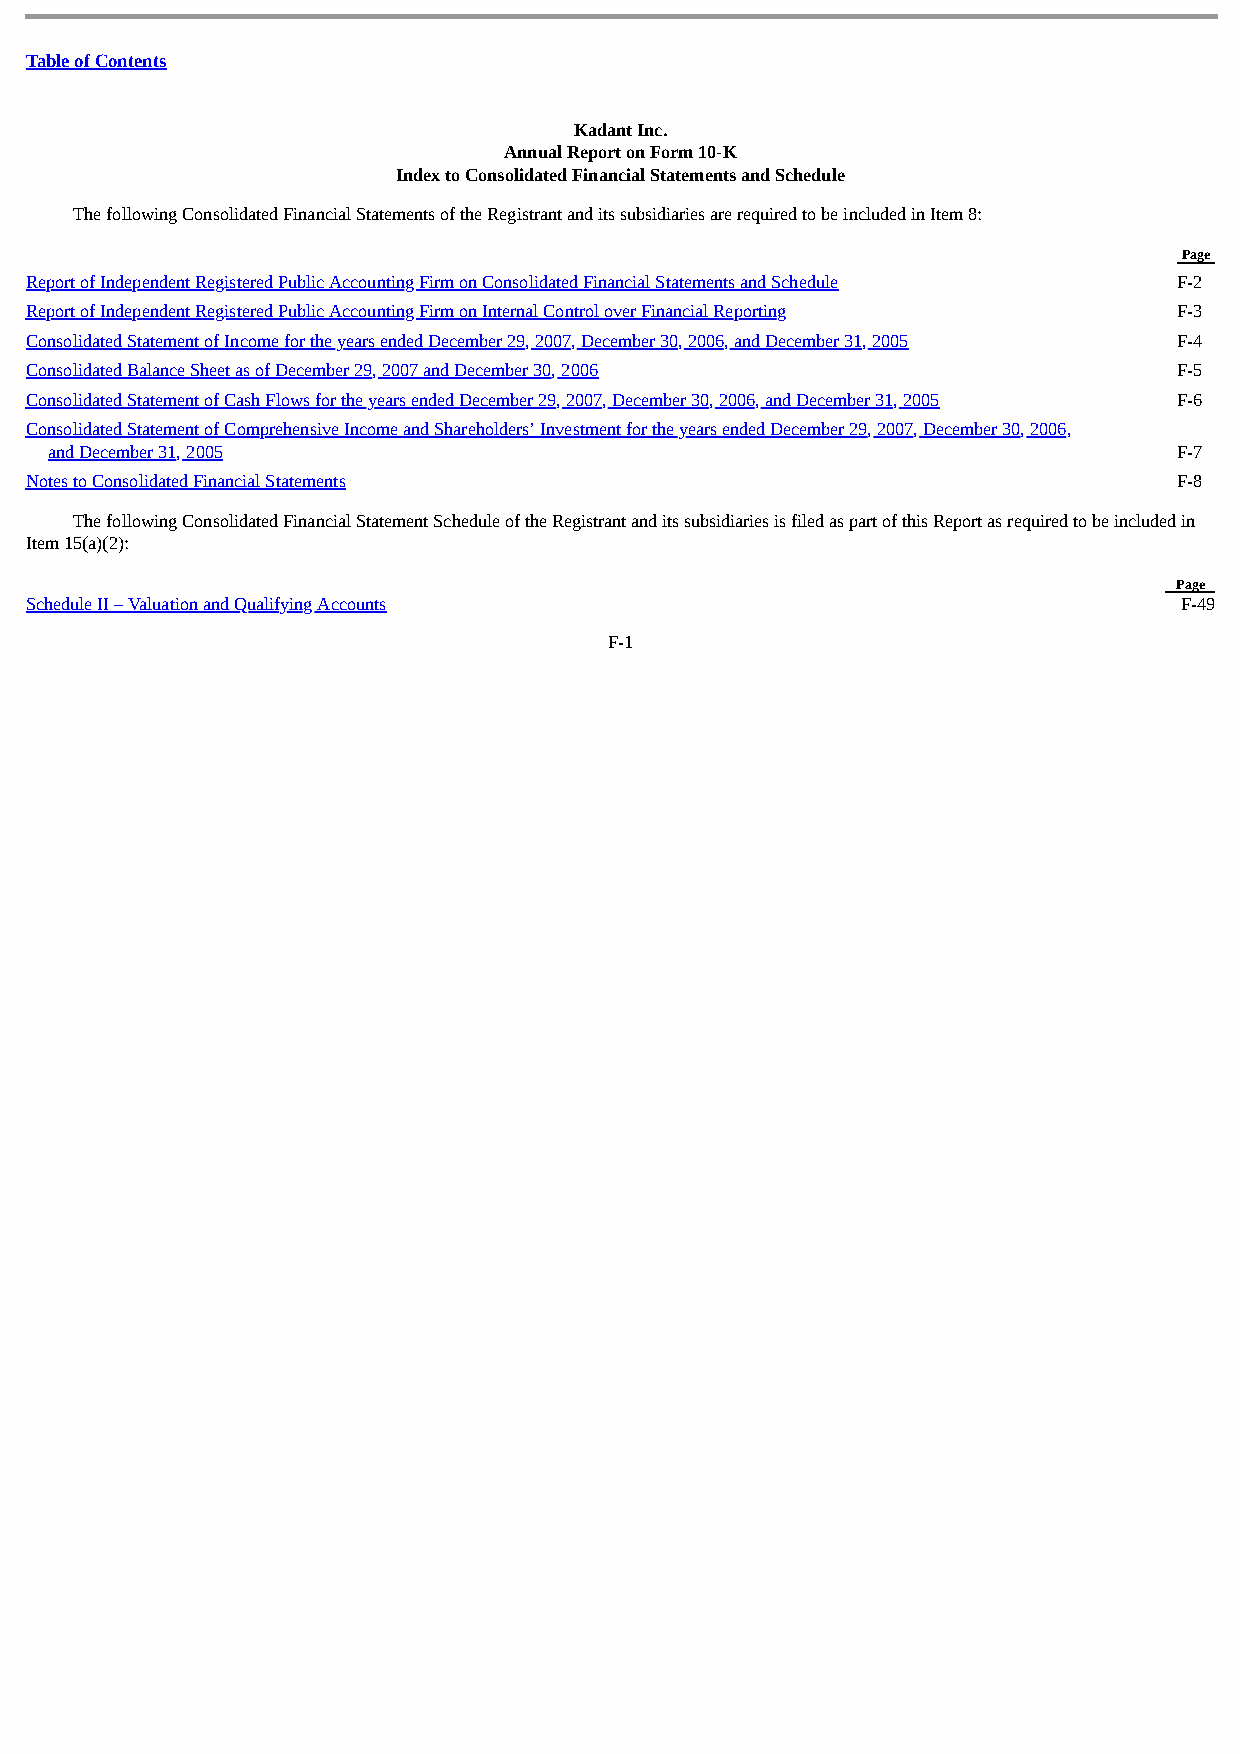
Table of Contents
 Kadant Inc.
 Annual Report on Form 10-K
 Index to Consolidated Financial Statements and Schedule
 The following Consolidated Financial Statements of the Registrant and its subsidiaries are required to be included in Item 8:
 Page
 Report of Independent Registered Public Accounting Firm on Consolidated Financial Statements and Schedule F-2
 Report of Independent Registered Public Accounting Firm on Internal Control over Financial Reporting F-3
 Consolidated Statement of Income for the years ended December 29, 2007, December 30, 2006, and December 31, 2005 F-4
 Consolidated Balance Sheet as of December 29, 2007 and December 30, 2006    F-5
 Consolidated Statement of Cash Flows for the years ended December 29, 2007, December 30, 2006, and December 31, 2005 F-6
 Consolidated Statement of Comprehensive Income and Shareholders’ Investment for the years ended December 29, 2007, December 30, 2006,
 and December 31, 2005                                                      F-7
 Notes to Consolidated Financial Statements                                  F-8
 The following Consolidated Financial Statement Schedule of the Registrant and its subsidiaries is filed as part of this Report as required to be included in
 Item 15(a)(2):
 Page
 Schedule II – Valuation and Qualifying Accounts                             F-49
 F-1